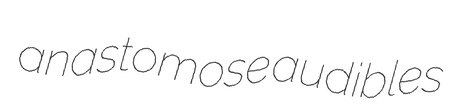
anastomose audibles